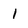
Character: 1